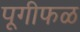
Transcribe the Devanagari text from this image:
पूगीफळ